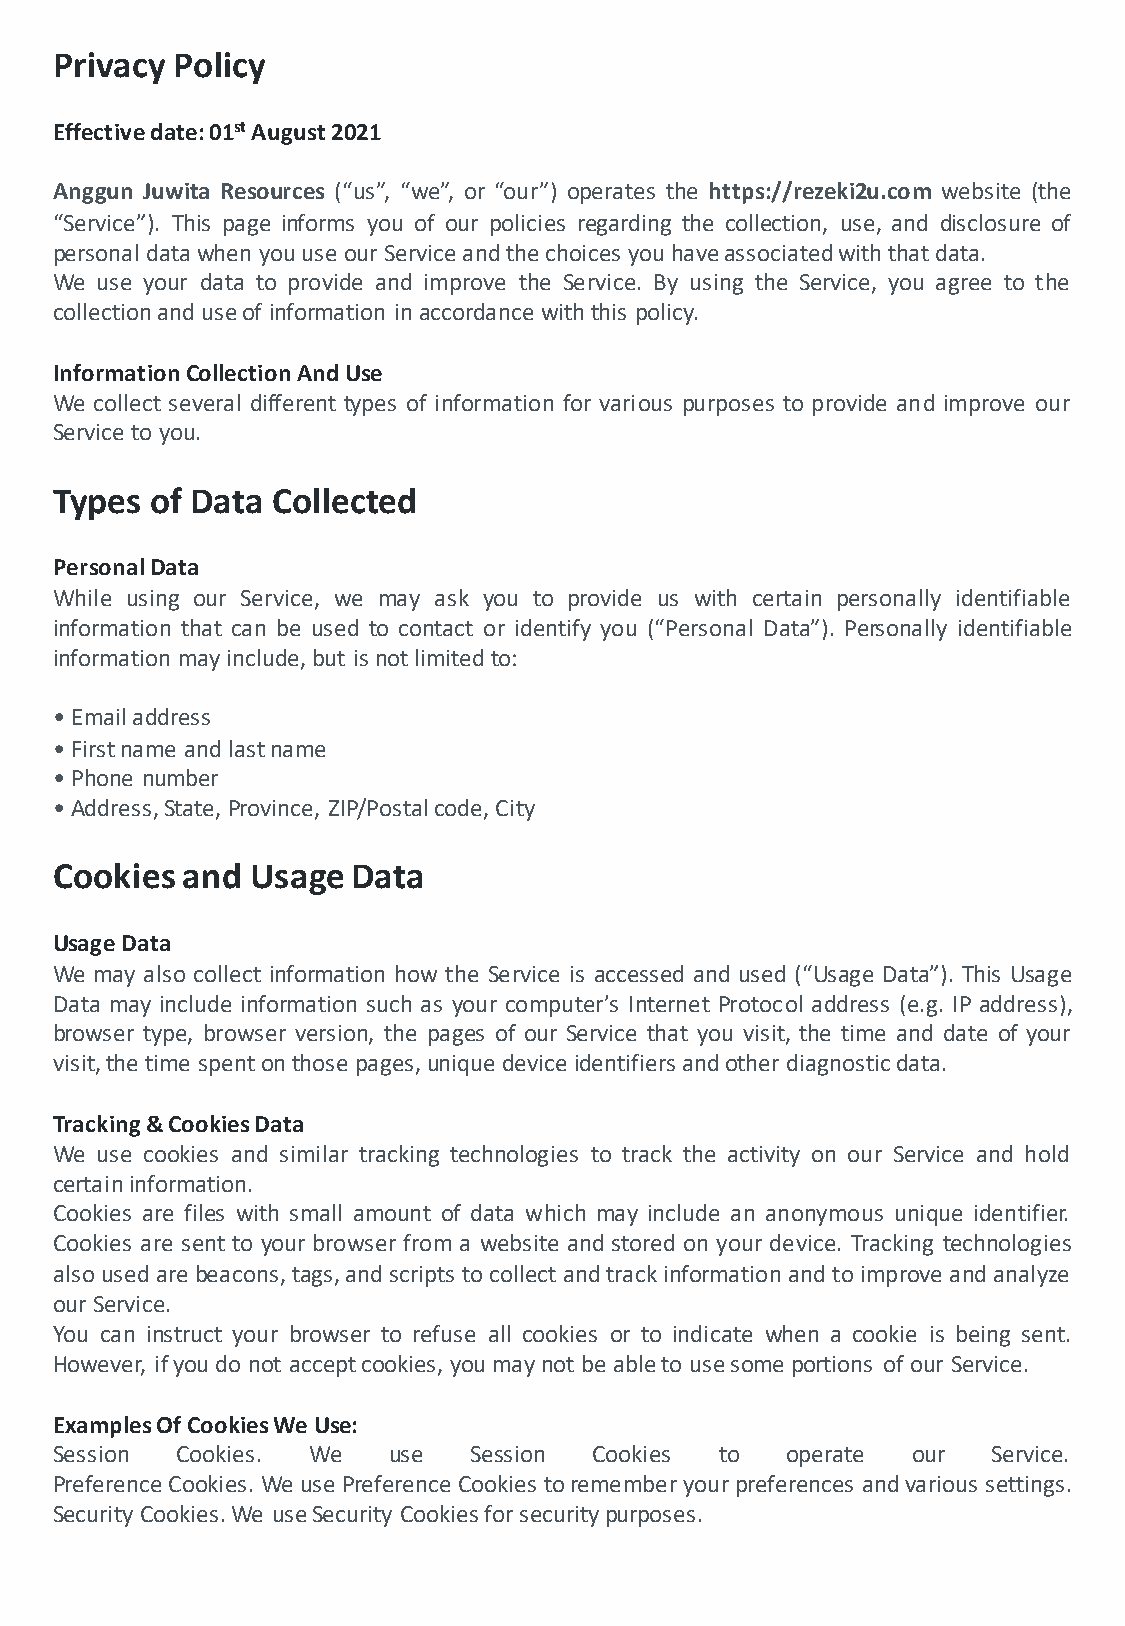
Privacy Policy
 Effectivedate:01stAugust2021
 Anggun Juwita Resources (“us”, “we”, or “our”) operates the https://rezeki2u.com website (the
 “Service”). This page informs you of our policies regarding the collection, use, and disclosure of
 personal datawhen youuse our Serviceandthe choices youhaveassociatedwiththatdata.
 We use your data to provide and improve the Service. By using the Service, you agree to the
 collectionanduseof information inaccordancewiththis policy.
 InformationCollectionAndUse
 We collect several different types of information for various purposes to provide and improve our
 Serviceto you.
 Types  of Data Collected
 PersonalData
 While using our Service, we may ask you to provide us with certain personally identifiable
 information that can be used to contact or identify you (“Personal Data”). Personally identifiable
 information mayinclude, but isnotlimitedto:
 • Emailaddress
 • Firstname andlastname
 • Phone number
 • Address,State,Province, ZIP/Postalcode, City
 Cookies  and  Usage Data
 UsageData
 We may also collect information how the Service is accessed and used (“Usage Data”). This Usage
 Data may include information such as your computer’s Internet Protocol address (e.g. IP address),
 browser type, browser version, the pages of our Service that you visit, the time and date of your
 visit,the time spentonthose pages,unique device identifiersandother diagnosticdata.
 Tracking&CookiesData
 We use cookies and similar tracking technologies to track the activity on our Service and hold
 certaininformation.
 Cookies are files with small amount of data which may include an anonymous unique identifier.
 Cookies are sent to your browser from a website andstored on your device. Tracking technologies
 alsousedare beacons,tags,andscripts tocollectandtrackinformationandtoimprove andanalyze
 our Service.
 You can instruct your browser to refuse all cookies or to indicate when a cookie is being sent.
 However, ifyoudo not acceptcookies, youmaynot be ableto usesome portions of our Service.
 ExamplesOfCookiesWeUse:
 Session  Cookies. We   use  Session Cookies  to  operate our   Service.
 PreferenceCookies.We use Preference Cookies torememberyourpreferences andvarious settings.
 Security Cookies.We useSecurity Cookiesforsecuritypurposes.